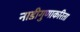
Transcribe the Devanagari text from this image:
नाडीगुणाकरिता